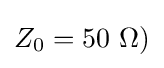
Z_{0}=50~\Omega )